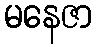
မနေဇာ